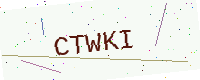
Text: CTWKI